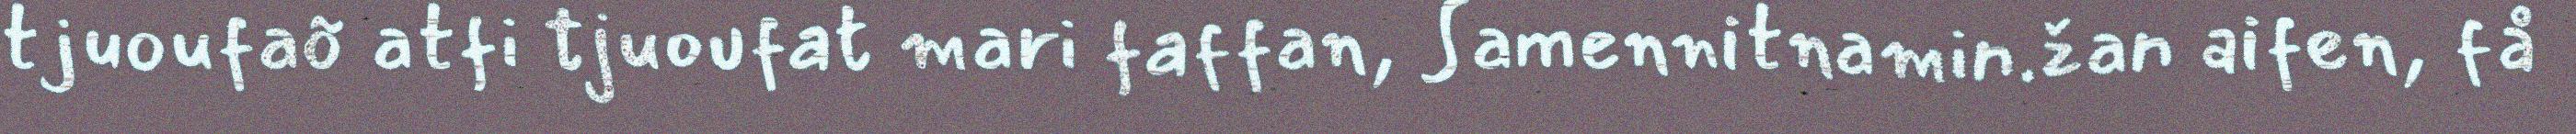
tjuoufaõ atfi tjuoufat mari faffan, Samennitnamin.žan aifen, få